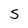
Character: S